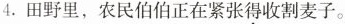
4.田野里，农民伯伯正在紧张得收割麦子。